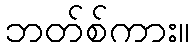
ဘတ်စ်ကား။